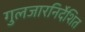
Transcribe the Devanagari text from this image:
गुलजारनिर्देशित